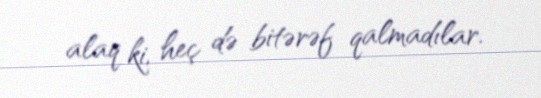
alaq ki, heç də bitərəf qalmadılar.